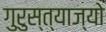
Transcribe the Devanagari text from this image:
गुरुस्त्याज्यो